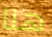
هنا